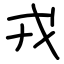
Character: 戎